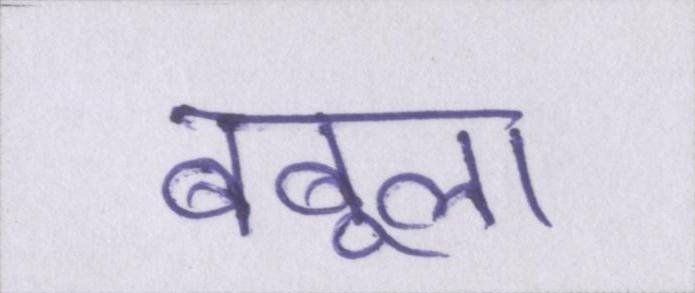
बबूला